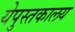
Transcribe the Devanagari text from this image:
येपुस्तकालय